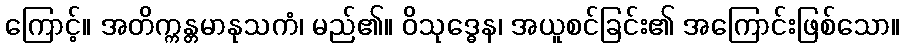
ကြောင့်။ အတိက္ကန္တမာနုသကံ၊ မည်၏။ ဝိသုဒ္ဓေန၊ အယူစင်ခြင်း၏ အကြောင်းဖြစ်သော။